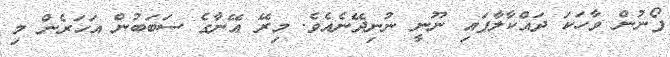
ފޯނުން ވާހަކަ ދައްކާލާފައި ނޫނީ ނުނިދޭނެއެވެ. މިރޭ އޭނާގެ ސަބަބުން އަހަރެން މި